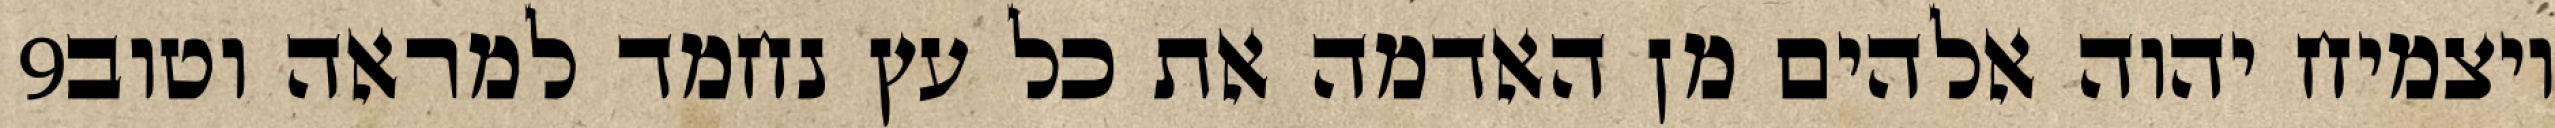
‎9‏ ויצמיח יהוה אלהים מן האדמה את כל עץ נחמד למראה וטוב